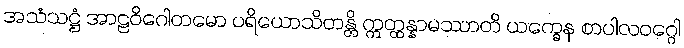
အသံသဋ္ဌံ အာဠဝိဂေါတမော ပရိယောသိတန္တိ ဣတ္ထန္နာမဿာတိ ယက္ခေန စာပါလဝဂ္ဂေါ